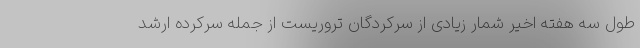
طول سه هفته اخیر شمار زیادی از سرکردگان تروریست از جمله سرکرده ارشد